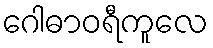
ဂေါဓာဝရီကူလေ